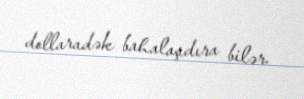
dollaradək bahalaşdıra bilər.